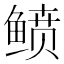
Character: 鲼